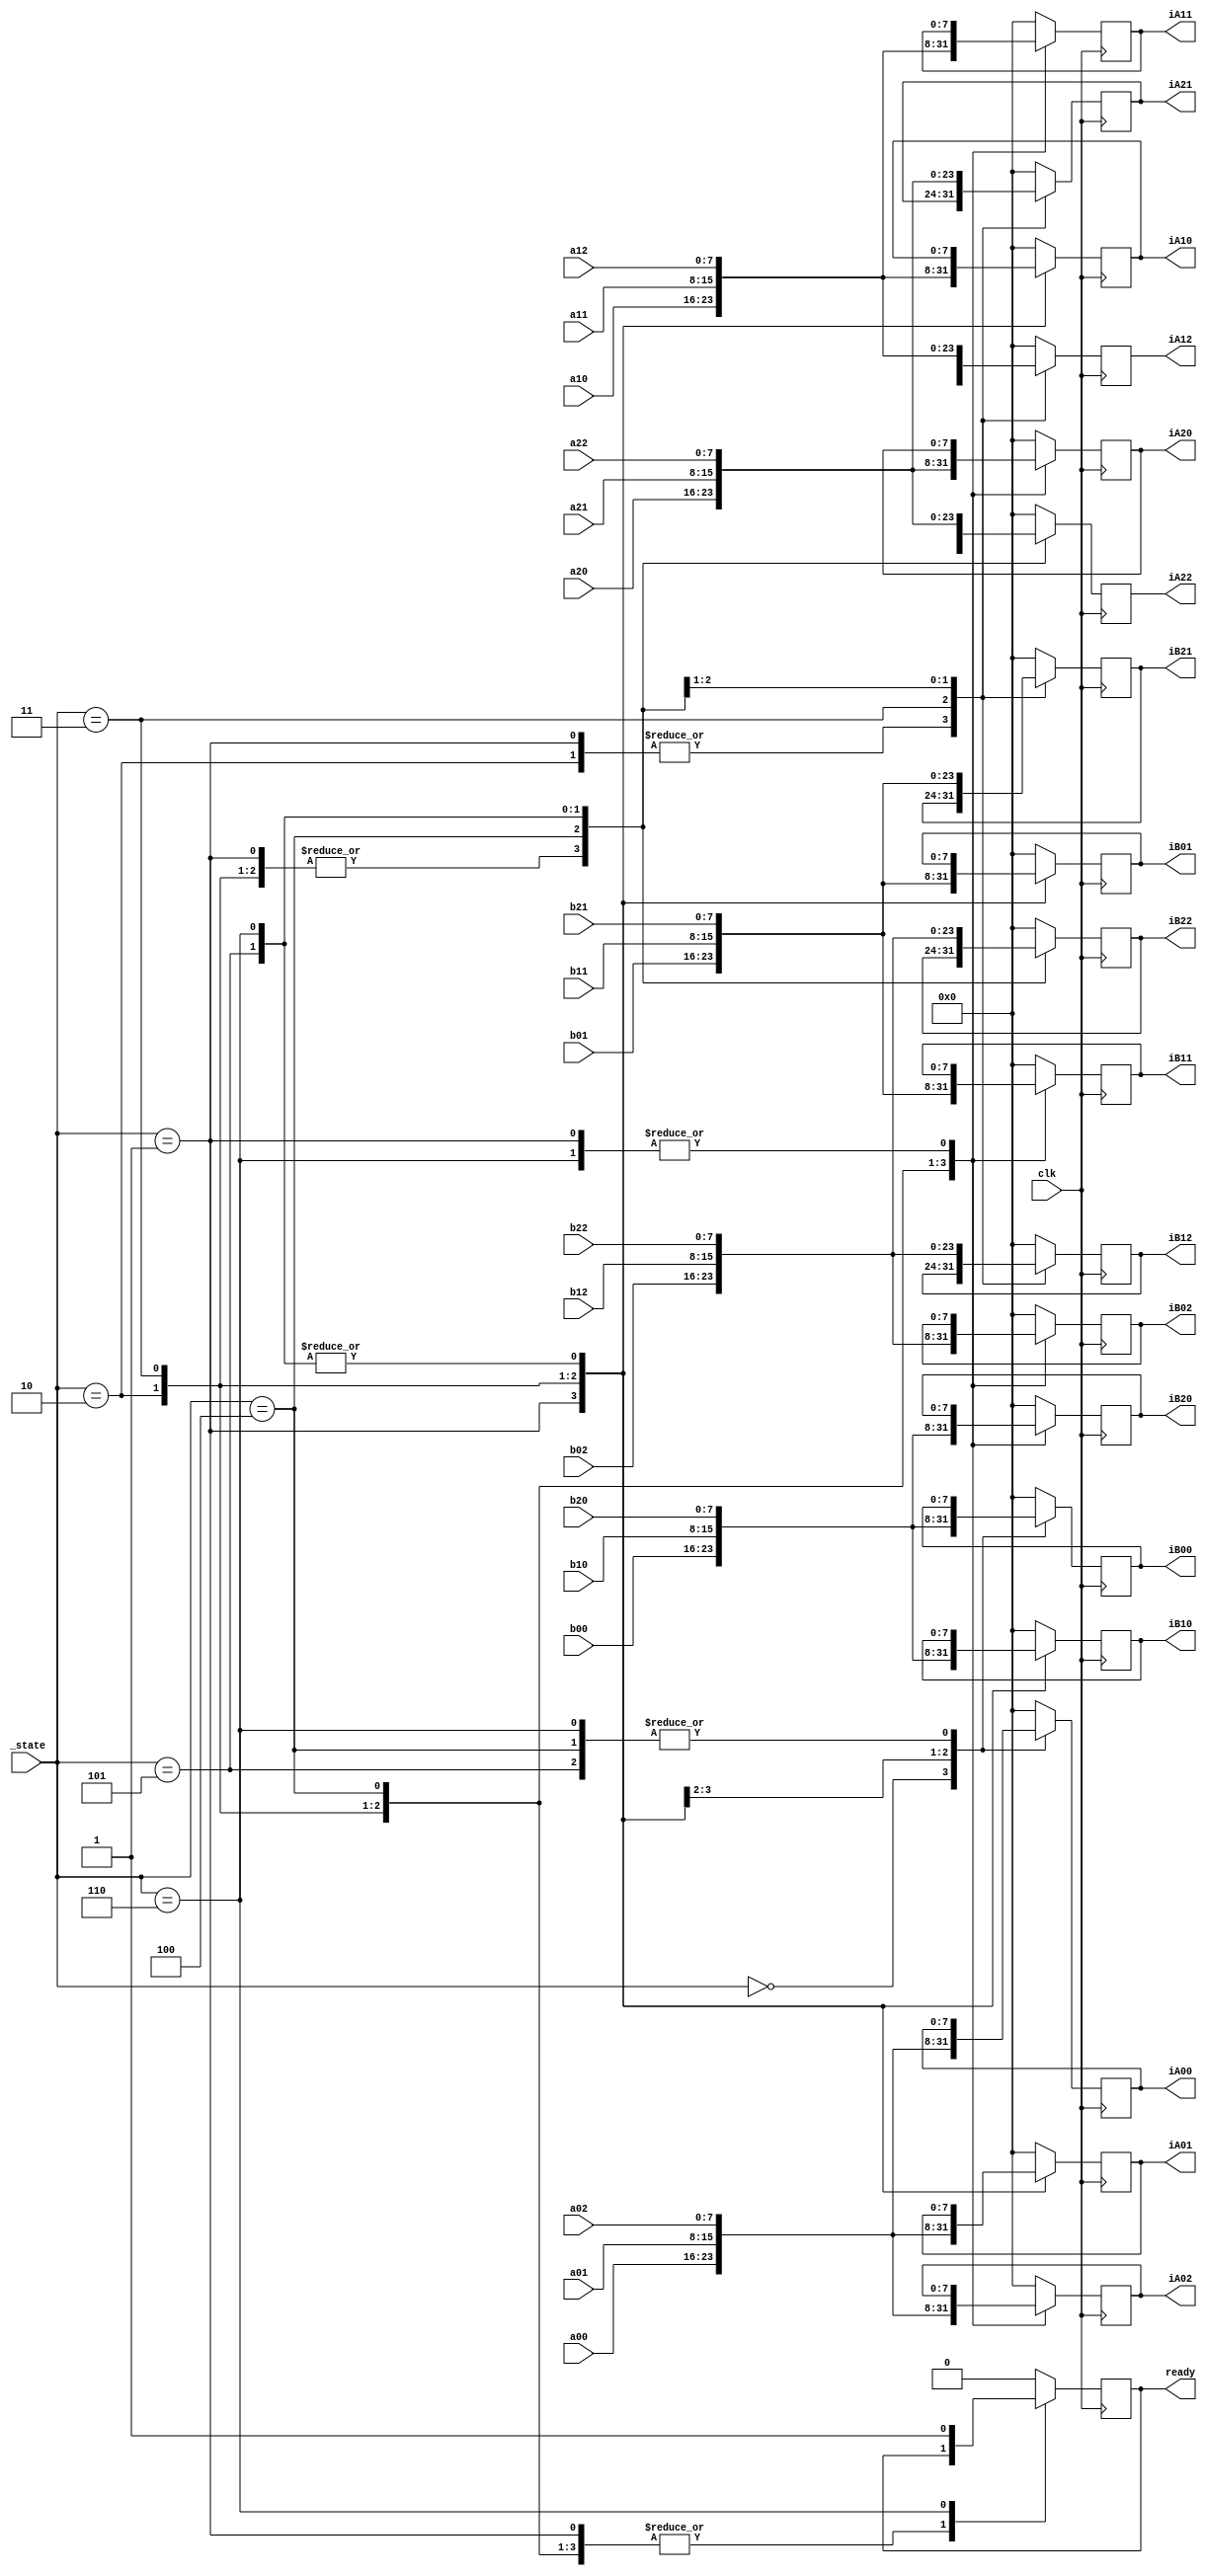
module fsm(clk, _state, a00,a01,a02,a10,a11,a12,a20,a21,a22,b00,b01,b02,b10,b11,b12,b20,b21,b22,
			iA00,iA01,iA02,iA10,iA11,iA12,iA20,iA21,iA22,iB00,iB01,iB02,iB10,iB11,iB12,iB20,iB21,iB22,ready);

	input clk;
	input [2:0] _state;
	input [7:0] a00,a01,a02,a10,a11,a12,a20,a21,a22;
	input [7:0] b00,b01,b02,b10,b11,b12,b20,b21,b22;

	
	reg [7:0] iA [0:8];
	reg [7:0] iB [0:8];
	output [7:0] iA00,iA01,iA02,iA10,iA11,iA12,iA20,iA21,iA22;
	output [7:0] iB00,iB01,iB02,iB10,iB11,iB12,iB20,iB21,iB22;
	output reg ready;
	
	initial begin
				iA[0] = 0;
				iB[0] = 0;
				iA[1] = 0;
				iB[1] = 0;
				iA[2] = 0;
				iB[2] = 0;
				iA[3] = 0;
				iB[3] = 0;
				iA[4] = 0;
				iB[4] = 0;
				iA[5] = 0;
				iB[5] = 0;
				iA[6] = 0;
				iB[6] = 0;
				iA[7] = 0;
				iB[7] = 0;
				iA[8] = 0;
				iB[8] = 0;
	end


	assign iA00 = iA[0];	
	assign iA01 = iA[1];
	assign iA02 = iA[2];
	assign iA10 = iA[3];
	assign iA11 = iA[4];
	assign iA12 = iA[5];
	assign iA20 = iA[6];
	assign iA21 = iA[7];
	assign iA22 = iA[8];
	assign iB00 = iB[0];	
	assign iB01 = iB[1];
	assign iB02 = iB[2];
	assign iB10 = iB[3];
	assign iB11 = iB[4];
	assign iB12 = iB[5];
	assign iB20 = iB[6];
	assign iB21 = iB[7];
	assign iB22 = iB[8];
	
	always @(posedge clk) begin
		case(_state)
		3'b000:	//cycle 1 : 0 - all else
			begin
				iA[0] = a00;
				iB[0] = b00;
				iA[1] = 0;
				iB[1] = 0;
				iA[2] = 0;
				iB[2] = 0;
				iA[3] = 0;
				iB[3] = 0;
				iA[4] = 0;
				iB[4] = 0;
				iA[5] = 0;
				iB[5] = 0;
				iA[6] = 0;
				iB[6] = 0;
				iA[7] = 0;
				iB[7] = 0;
				iA[8] = 0;
				iB[8] = 0;
				ready = 0;
			end
		3'b001: //cycle 2 : 0,1,3
			begin
				/*iA[0] = 1;
				iB[0] = 0;
				iA[1] = 0;
				iB[1] = 0;
				iA[3] = 0;
				iB[3] = 0;*/
				iA[0] = a01;
				iB[0] = b10;
				iA[1] = a00;
				iB[1] = b01;
				iA[3] = a10;
				iB[3] = b00;
			end
		3'b010: //cylce 3 : 0,1,2,3,4,6
			begin
				iA[0] = a02;
				iB[0] = b20;
				iA[1] = a01;
				iB[1] = b11;
				iA[2] = a00;
				iB[2] = b02;
				iA[3] = a11;
				iB[3] = b10;
				iA[4] = a10;
				iB[4] = b01;
				iA[6] = a20;
				iB[6] = b00;
			end		
		3'b011: //cylce 4 1,2,3,4,5,6,7 - 0
			begin
				iA[0] = 0;
				iB[0] = 0;
				iA[1] = a02;
				iB[1] = b21;
				iA[2] = a01;
				iB[2] = b12;
				iA[3] = a12;
				iB[3] = b20;
				iA[4] = a11;
				iB[4] = b11;
				iA[5] = a10;
				iB[5] = b02;
				iA[6] = a21;
				iB[6] = b10;
				iA[7] = a20;
				iB[7] = b01;
			end
		3'b100: //cylce 5 2,4,5,6,7,8 - 1,3
			begin
				iA[1] = 0;
				iB[1] = 0;
				iA[3] = 0;
				iB[3] = 0;
				iA[2] = a02;
				iB[2] = b22;
				iA[4] = a12;
				iB[4] = b21;
				iA[5] = a11;
				iB[5] = b12;
				iA[6] = a22;
				iB[6] = b20;
				iA[7] = a21;
				iB[7] = b11;
				iA[8] = a20;
				iB[8] = b02;
			end
		3'b101: //cycle 6 5,7,8 - 2,4,6	
			begin
				iA[2] = 0;
				iB[2] = 0;
				iA[4] = 0;
				iB[4] = 0;
				iA[6] = 0;
				iB[6] = 0;
				iA[5] = a12;
				iB[5] = b22;
				iA[7] = a22;
				iB[7] = b21;
				iA[8] = a21;
				iB[8] = b12;
			end
		3'b110: //cycle 7 8 - 5,7
			begin
				iA[5] = 0;
				iB[5] = 0;
				iA[7] = 0;
				iB[7] = 0;
				iA[8] = a22;
				iB[8] = b22;
				ready = 1;
			end
		3'b110: //cycle 8 - 8
			begin
				iA[8] = 0;
				iB[8] = 0;
				ready = 1;
			end
		default:
			begin
				iA[0] = 0;
				iB[0] = 0;
				iA[1] = 0;
				iB[1] = 0;
				iA[2] = 0;
				iB[2] = 0;
				iA[3] = 0;
				iB[3] = 0;
				iA[4] = 0;
				iB[4] = 0;
				iA[5] = 0;
				iB[5] = 0;
				iA[6] = 0;
				iB[6] = 0;
				iA[7] = 0;
				iB[7] = 0;
				iA[8] = 0;
				iB[8] = 0;
				ready = 0;
			end
		endcase
	end


endmodule